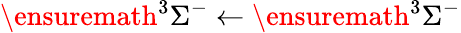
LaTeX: \ensuremath{{}^{3}\Sigma^{-}}\leftarrow\ensuremath{{}^{3}\Sigma^{-}}